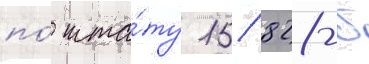
по́ шта́ту 15/ 828-б